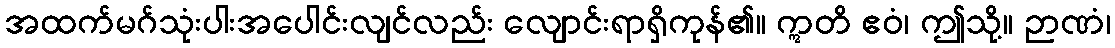
အထက်မဂ်သုံးပါးအပေါင်းလျင်လည်း လျောင်းရာရှိကုန်၏။ ဣတိ ဧဝံ၊ ဤသို့။ ဉာဏံ၊